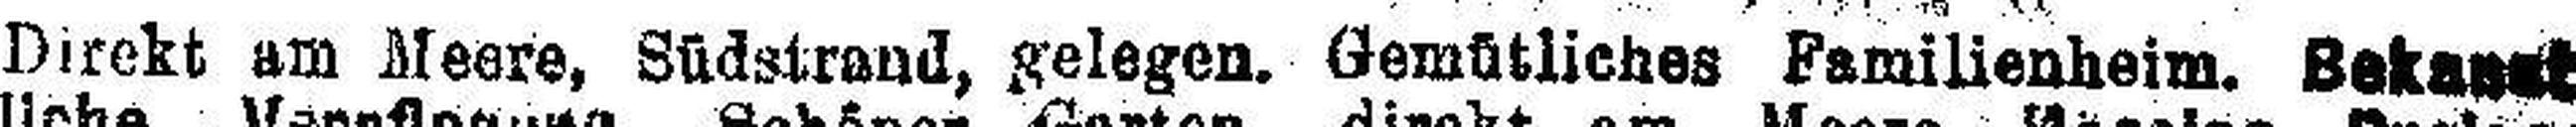
Direkt am Meere, Südstrand, gelegen. Gemütliches Familienheim. Bekannt